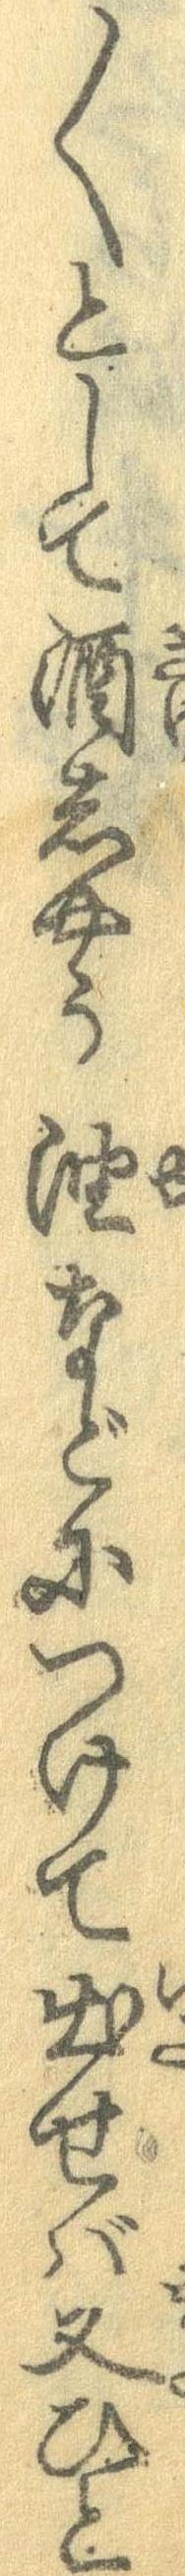
〱として酒しやう油などにつけて出せば又ひと